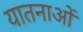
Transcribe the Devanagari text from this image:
यातनाआें